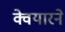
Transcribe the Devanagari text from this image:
क्वेयारने